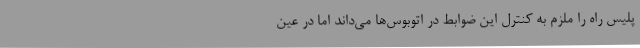
پلیس‌ راه را ملزم به کنترل این ضوابط در اتوبوس‌ها می‌داند اما در عین